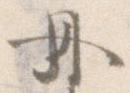
丹